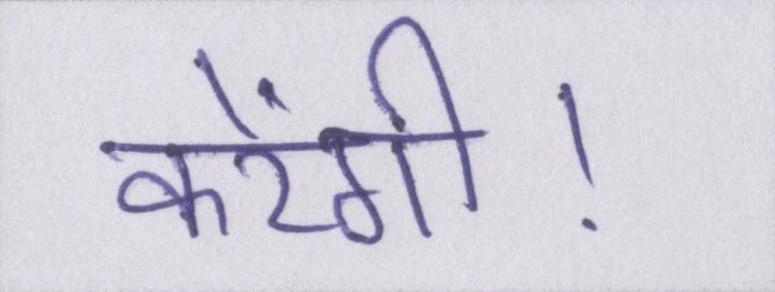
करेंगी।